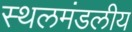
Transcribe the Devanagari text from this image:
स्थलमंडलीय